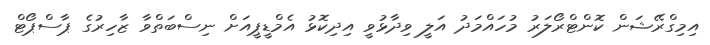
އިމިގްރޭޝަން ކޮންޓްރޯލަރު މުހައްމަދު އަލީ ވިދާޅުވީ އިދިކޮޅު އެމްޑީޕީއަށް ނިސްބަތްވާ ޒާހިރުގެ ޕާސްޕޯޓް